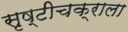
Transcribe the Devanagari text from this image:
सृष्टीचक्राला